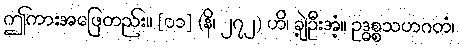
ဤကားအဖြေတည်း။ [၀၁] (နိ၊ ၂၇၂) ဟိ၊ ချဲ့ဦးအံ့။ ဥဒ္ဓစ္စသဟဂတံ၊